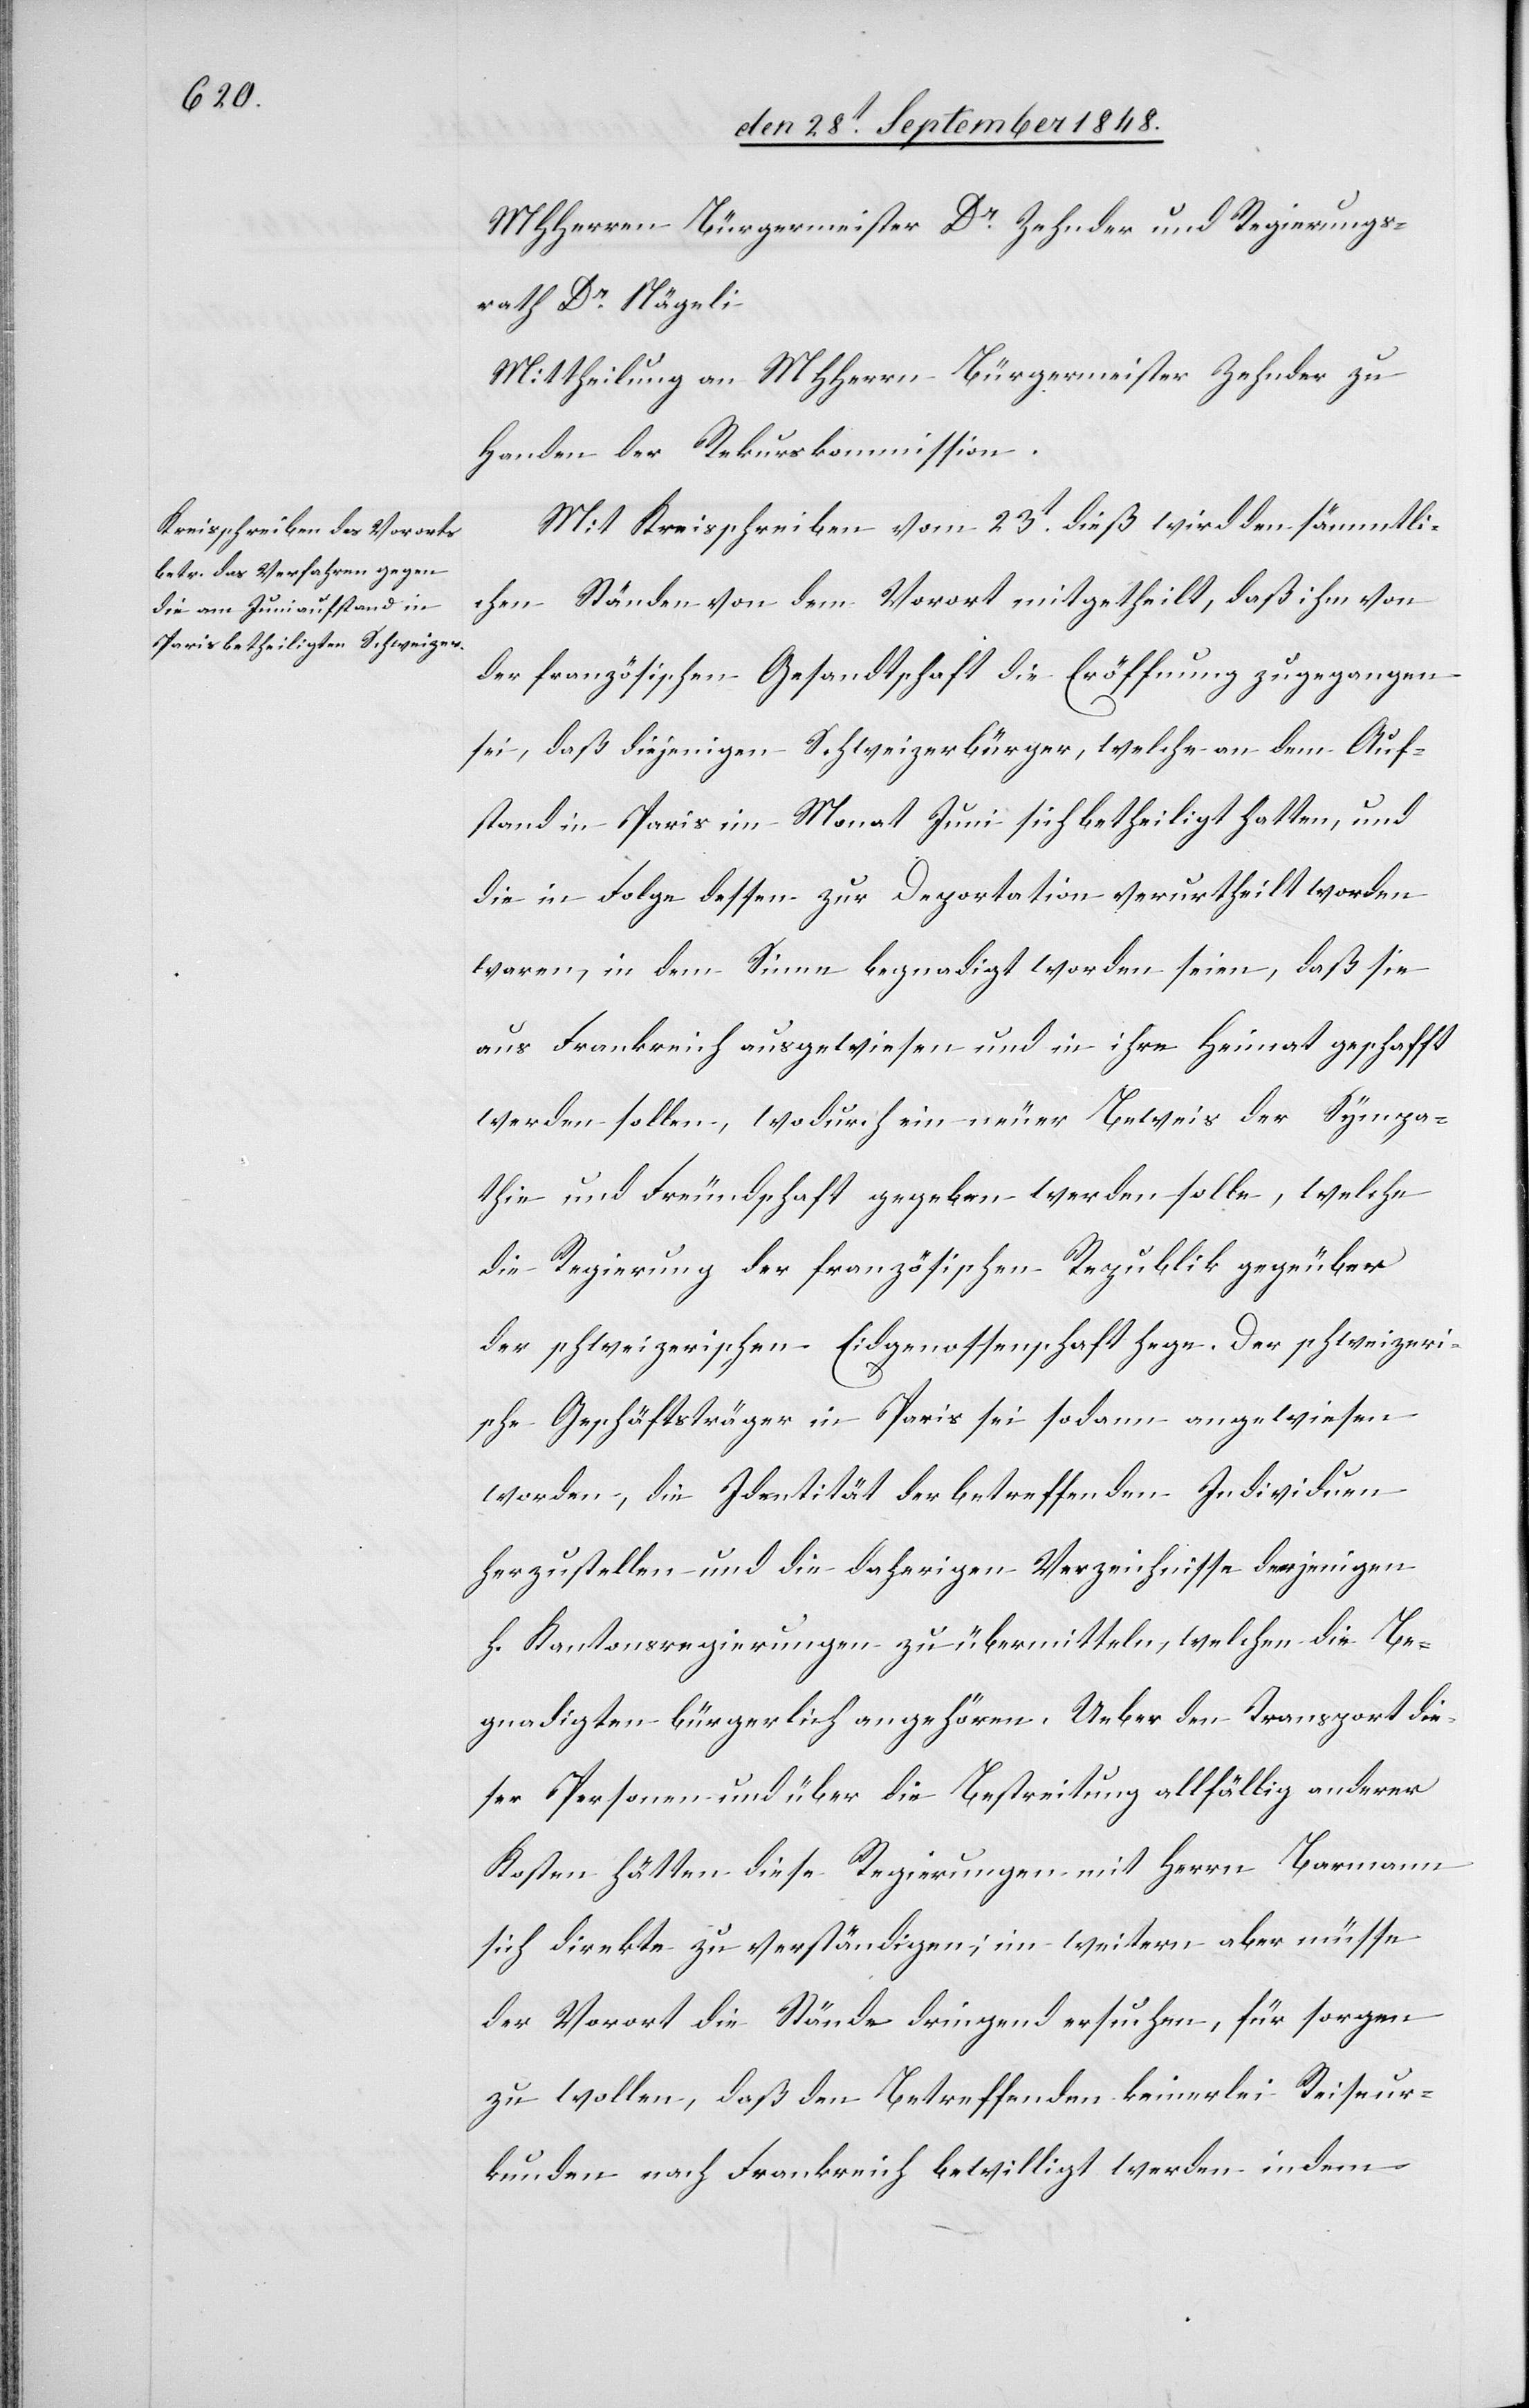
MHHerrn Bürgermeister Dr. Zehnder und Regierungs¬
rath Dr. Nägeli[.]
Mittheilung an MHHerrn Bürgermeister Zehnder zu
Handen der Rekurskommission.
Mit Kreisschreiben vom 23t dieß wird den sämmtli¬
chen Ständen von dem Vorort mitgetheilt, daß ihm von
der französischen Gesandtschaft die Eröffnung zugegangen
sei, daß diejenigen Schweizerbürger, welche an dem Auf¬
stand in Paris im Monat Juni sich betheiligt hatten, und
die in Folge dessen zur Deportation verurtheilt worden
waren, in dem Sinne begnadigt worden seien, daß sie
aus Frankreich ausgewiesen und in ihre Heimat geschafft
werden sollen, wodurch ein neuer Beweis der Sympa¬
thie und Freundschaft gegeben werden solle, welche
die Regierung der französischen Republik gege[n]über
der schweizerischen Eidgenossenschaft hege. Der schweizeri¬
sche Geschäftsträger in Paris sei sodann angewiesen
worden, die Identität der betreffenden Individuen
herzustellen und die daherigen Verzeichnisse derjenigen
h. Kantonsregierungen zu übermitteln, welchen die Be¬
gnadigten bürgerlich angehören. Ueber den Transport die¬
ser Personen und über die Bestreitung allfällig anderer
Kosten hätten diese Regierungen mit Herrn Barmann
sich direkte zu verständigen; im weitern aber müsse
der Vorort die Stände dringend ersuchen, für sorgen
zu wollen, daß den Bettreffenden keinerlei Reiseur¬
kunden nach Frankreich bewilligt werden indem